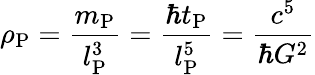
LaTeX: \rho_{\mathrm{P}}={\frac{m_{\mathrm{P}}}{l_{\mathrm{P}}^{3}}}={\frac{\hbar t_{\mathrm{P}}}{l_{\mathrm{P}}^{5}}}={\frac{c^{5}}{\hbar G^{2}}}